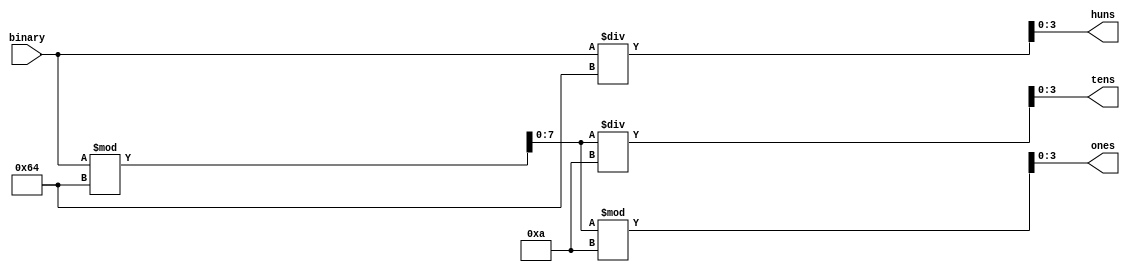
module Binary2BCD(
	input [7:0] binary,
	output reg [3:0] huns,
	output reg [3:0] tens,
	output reg [3:0] ones
	);
	
	reg [7:0] bcd_data = 0;
	
	always @(binary)
	begin
		bcd_data = binary;
		huns = bcd_data/100;
		bcd_data = bcd_data%100;
		tens = bcd_data/10;
		ones = bcd_data%10;
		
	end
endmodule